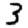
Digit: 3